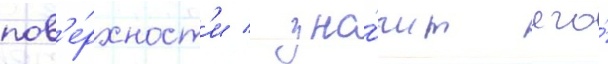
пов'е́рхност'и / зна́чит его́